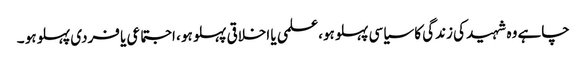
چاہے وہ شہید کی زندگی کا سیاسی پہلو ہو،علمی یا اخلاقی پہلو ہو ، اجتماعی یا فردی پہلو ہو ۔